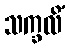
သက္ခလိံ